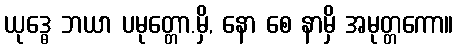
ယုဒ္ဓေ ဘယာ ပမုတ္တော.မှိ, နော စေ နာမှိ အမုတ္တကော။